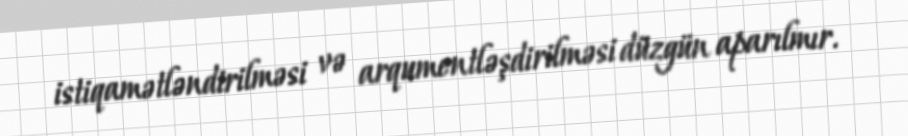
istiqamətləndirilməsi və arqumentləşdirilməsi düzgün aparılmır.